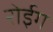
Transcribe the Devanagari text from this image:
रोईग